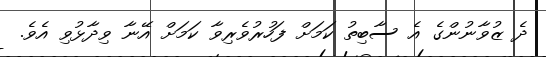
ދެ ޒުވާނުންގެ އެ ސާބިތު ކަމަށް ފަހުރުވެރިވާ ކަމަށް އޭނާ ވިދާޅުވި އެވެ.